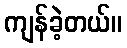
ကျန်ခဲ့တယ်။